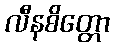
လီနစိတ္တော